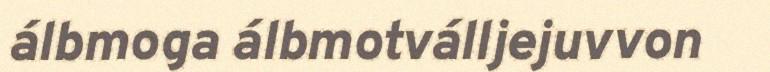
álbmoga álbmotválljejuvvon